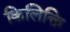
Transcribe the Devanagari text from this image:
किलिक्ति